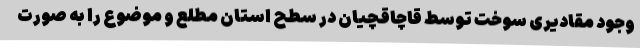
وجود مقادیری سوخت توسط قاچاقچیان در سطح استان مطلع و موضوع را به صورت